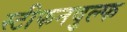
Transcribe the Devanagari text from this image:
स्टीफनवुल्फ